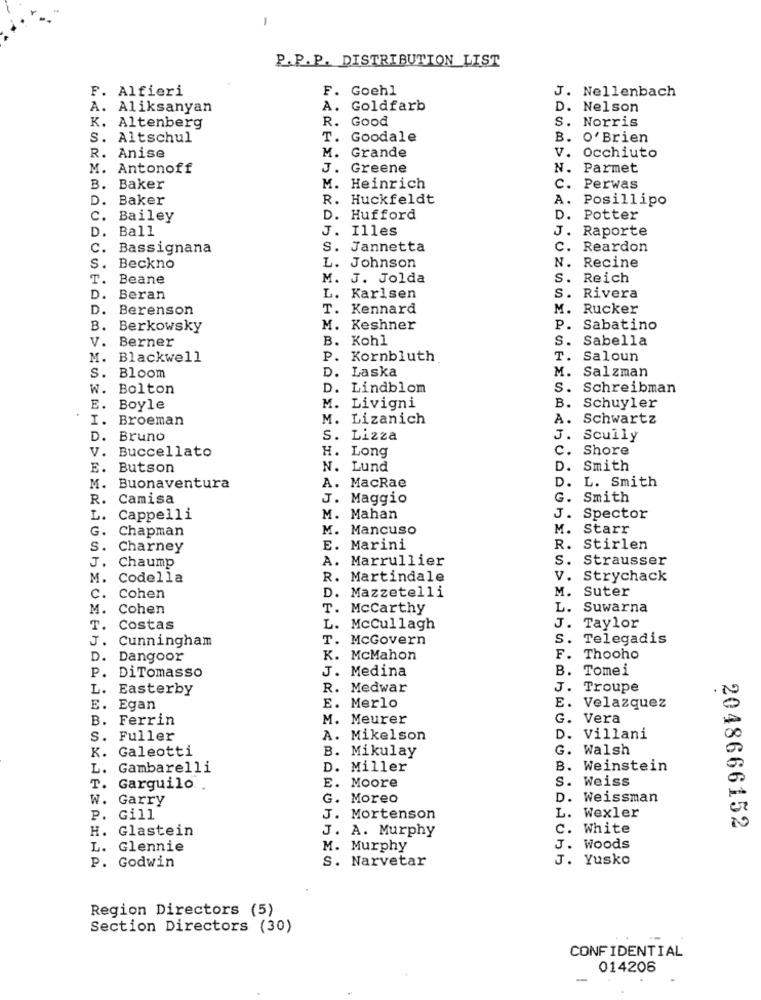
-
P.P.P. DISTRIBUTION LIST
F. Alfieri
F. Goehl
J. Nellenbach
A. Aliksanyan
A. Goldfarb
D. Nelson
R. Good
S. Norris
K. Altenberg
S. Altschul
T. Goodale
B. O'Brien
R. Anise
M. Grande
V. Occhiuto
M. Antonoff
J. Greene
N.
Parmet
B. Baker
M. Heinrich
c.
Perwas
D.
Baker
R. Huckfeldt
A.
Posillipo
C.
Bailey
D. Hufford
D. Potter
D.
Ball
J. Illes
J. Raporte
C.
Bassignana
S. Jannetta
C. Reardon
s.
Beckno
L. Johnson
N. Recine
T.
Beane
M. J. Jolda
S. Reich
D.
Beran
L. Karlsen
S. Rivera
D.
Berenson
T. Kennard
M. Rucker
B. Berkowsky
M. Keshner
P. Sabatino
V. Berner
. Kohl
S. Sabella
M. Blackwell
P. Kornbluth
T. Saloun
D. Laska
S. Bloom
M. Salzman
W. Bolton
D. Lindblom
S. Schreibman
E. Boyle
M. Livigni
B. Schuyler
I. Broeman
M. Lizanich
A. Schwartz
D. Bruno
S. Lizza
J. Scully
V. Buccellato
c. Shore
H. Long
E. Butson
N. Lund
D. Smith
.L. Smith
M. Buonaventura
A. MacRae
R. Camisa
J. Maggio
G. Smith
L.
Cappelli
M. Mahan
J. Spector
G.
Chapman
M. Mancuso
M. Starr
S. Charney
E. Marini
R. Stirlen
A. Marrullier
S. Strausser
J. Chaump
M. Codella
R. Martindale
V. Strychack
D. Mazzetelli
M. Suter
C.
Cohen
M. Cohen
T. Mccarthy
L. Suwarna
T. Costas
L. McCullagh
J. Taylor
J.
Cunningham
T. McGovern
S. Telegadis
D.
Dangoor
K. McMahon
F. Thooho
J. Medina
B. Tomei
P. DiTomasso
L.
Easterby
R. Medwar
J. Troupe
E.
Egan
E. Merlo
E. Velazquez
B.
Ferrin
M. Meurer
G. Vera
s.
Fuller
A. Mikelson
D. Villani
K. Galeotti
B. Mikulay
G. Walsh
L. Gambarelli
D. Miller
B. Weinstein
E.
Moore
S. Weiss
T. Garguilo.
.. .
W. Garry
G. Moreo
D. Weissman
L. Wexler
P. Gill
J. Mortenson
H. Glastein
J. A. Murphy
C. White
2048666152
L. Glennie
M. Murphy
J. Woods
P. Godwin
S. Narvetar
J. Yusko
Region Directors (5)
Section Directors (30)
CONFIDENTIAL
014206